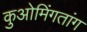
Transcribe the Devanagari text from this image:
कुओमिंगतांग